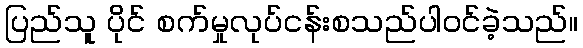
ပြည်သူ ပိုင် စက်မှုလုပ်ငန်းစသည်ပါဝင်ခဲ့သည်။